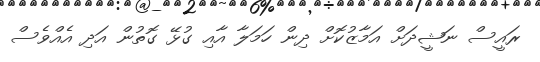
ރައީސް ނަޝީދަށް އަމާޒުކޮށް ދިން ހަމަލާ އާއި ގުޅޭ ގޮތުން އަދި އެއްވެސް